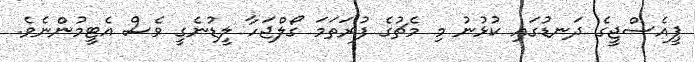
ޕީއެސްޖީގެ ދަނޑުގައި ކުޅުނު މި މެޗުގެ ފުރަތަމަ ގޯލްޖަހާ ލީޑުނެގީ ވެސް އެޓީމުންނެވެ.